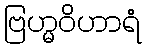
ဗြဟ္မဝိဟာရံ